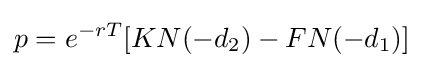
p=e^{-rT}[KN(-d_{2})-FN(-d_{1})]